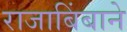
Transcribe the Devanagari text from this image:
राजाबिंबाने